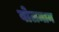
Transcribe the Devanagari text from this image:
वोलमान